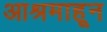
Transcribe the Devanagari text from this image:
आश्रमाहून